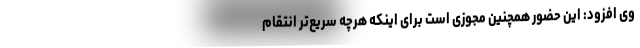
وی افزود: این حضور همچنین مجوزی است برای اینکه هرچه‌ سریع‌تر انتقام